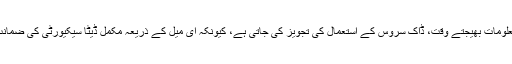
کافی حساس ڈیٹا یا معلومات بھیجتے وقت، ڈاک سروس کے استعمال کی تجویز کی جاتی ہے، کیونکہ ای میل کے ذریعہ مکمل ڈیٹا سیکیورٹی کی ضمانت نہیں دی جاتی ہے۔